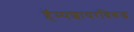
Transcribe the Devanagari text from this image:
हॅम्पशायरविरूद्ध